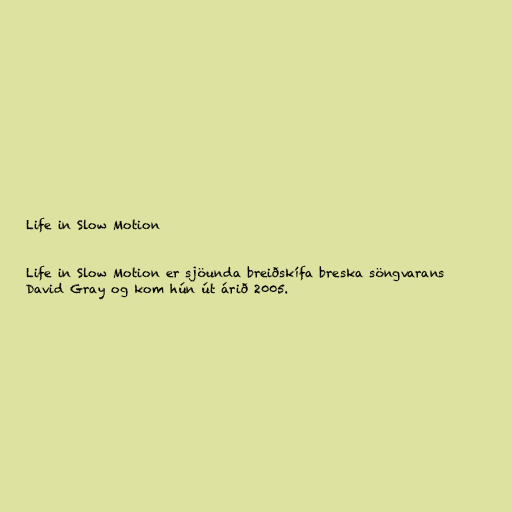
Life in Slow Motion

Life in Slow Motion er sjöunda breiðskífa breska söngvarans
David Gray og kom hún út árið 2005.